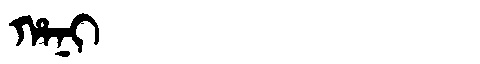
Manchu: ᡥᠠᠨᡳ
Romanization: HANI